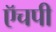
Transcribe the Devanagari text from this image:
ऍचपी